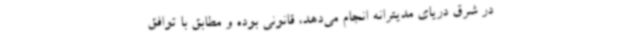
در شرق دریای مدیترانه انجام می‌دهد، قانونی بوده و مطابق با توافق